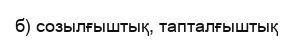
б) созылғыштық, тапталғыштық